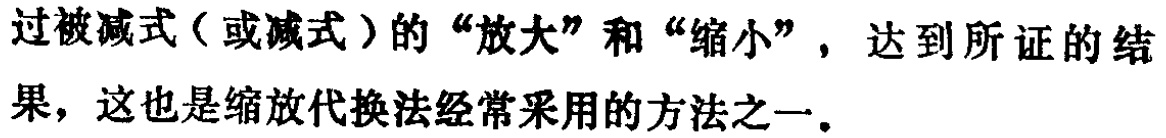
过被减式（或减式）的“放大”和“缩小”，达到所证的结果，这也是缩放代换法经常采用的方法之一。